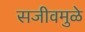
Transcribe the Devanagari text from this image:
सजीवमुळे